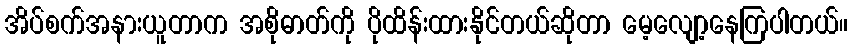
အိပ်စက်အနားယူတာက အစိုဓာတ်ကို ပိုထိန်းထားနိုင်တယ်ဆိုတာ မေ့လျော့နေကြပါတယ်။